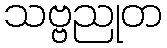
သဗ္ဗညုတ